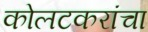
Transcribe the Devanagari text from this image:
कोलटकरांचा